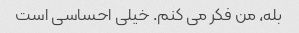
بله، من فکر می کنم. خیلی احساسی است